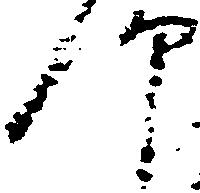
仰